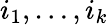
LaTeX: i_{1},\ldots,i_{k}